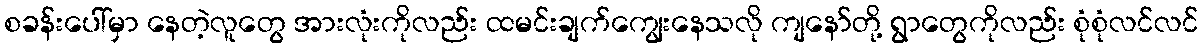
စခန်းပေါ်မှာ နေတဲ့လူတွေ အားလုံးကိုလည်း ထမင်းချက်ကျွေးနေသလို ကျနော်တို့ ရွာတွေကိုလည်း စုံစုံလင်လင်